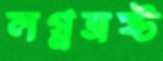
লগ্নভ্রষ্ট